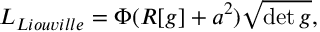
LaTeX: { \cal L } _ { L i o u v i l l e } = \Phi ( R [ g ] + a ^ { 2 } ) \sqrt { \operatorname * { d e t } g } ,